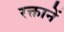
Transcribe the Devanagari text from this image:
रक्तानें